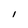
Character: l